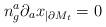
LaTeX: \begin{align*}n^a_g \partial_a x_{|\partial M_t} = 0\end{align*}